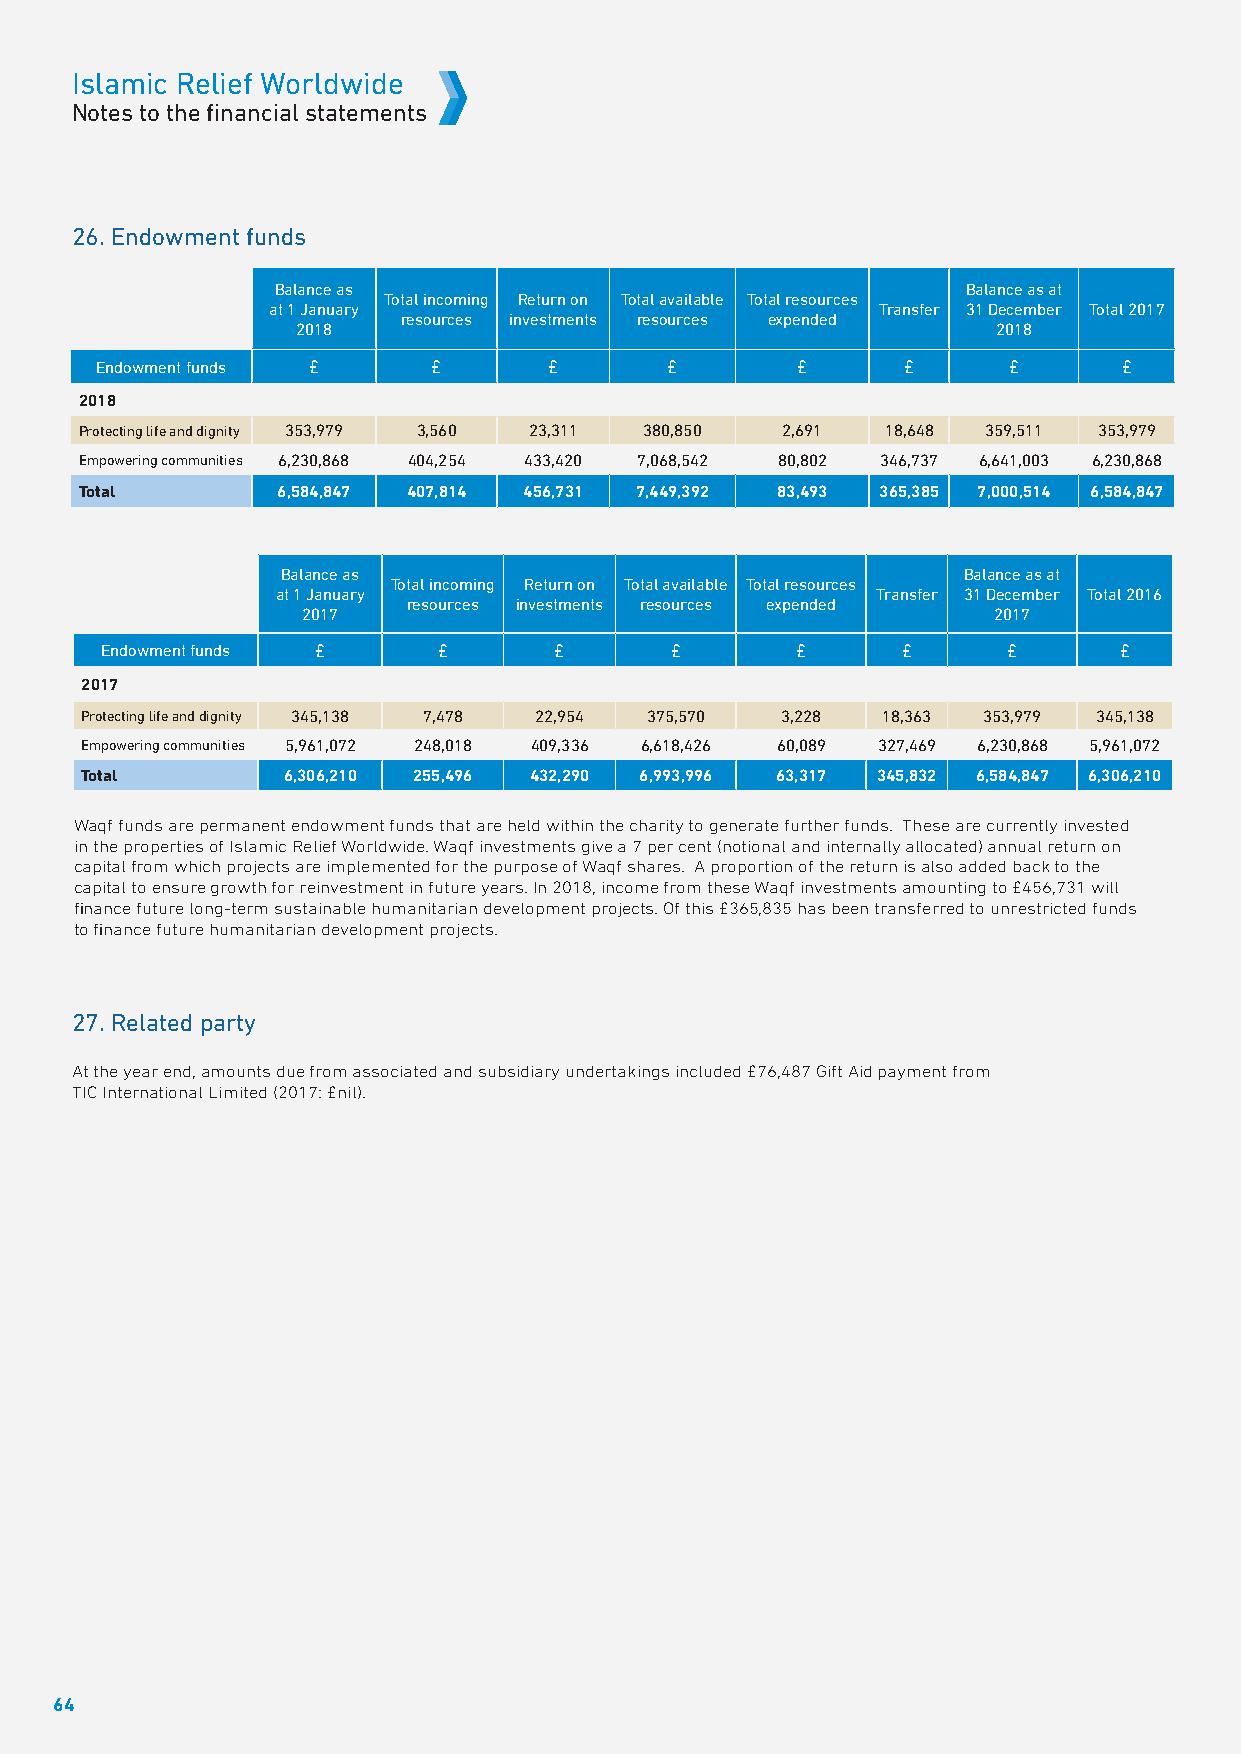
Islamic Relief Worldwide
 Notes to the financial statements
 26. Endowment funds
 Balance as                                    Balance as at
 Total incoming Return on Total available Total resources
 at 1 January                            Transfer 31 December Total 2017
 resources investments resources expended
 2018                                          2018
 Endowment funds £      £      £       £        £      £      £      £
 2018
 Protecting life and dignity 353,979 3,560 23,311 380,850 2,691 18,648 359,511 353,979
 Empowering communities 6,230,868 404,254 433,420 7,068,542 80,802 346,737 6,641,003 6,230,868
 Total        6,584,847 407,814 456,731 7,449,392 83,493 365,385 7,000,514 6,584,847
 Balance as                                   Balance as at
 Total incoming Return on Total available Total resources
 at 1 January                            Transfer 31 December Total 2016
 resources investments resources expended
 2017                                          2017
 Endowment funds £     £       £      £        £      £      £      £
 2017
 Protecting life and dignity 345,138 7,478 22,954 375,570 3,228 18,363 353,979 345,138
 Empowering communities 5,961,072 248,018 409,336 6,618,426 60,089 327,469 6,230,868 5,961,072
 Total         6,306,210 255,496 432,290 6,993,996 63,317 345,832 6,584,847 6,306,210
 Waqf funds are permanent endowment funds that are held within the charity to generate further funds. These are currently invested
 in the properties of Islamic Relief Worldwide. Waqf investments give a 7 per cent (notional and internally allocated) annual return on
 capital from which projects are implemented for the purpose of Waqf shares. A proportion of the return is also added back to the
 capital to ensure growth for reinvestment in future years. In 2018, income from these Waqf investments amounting to £456,731 will
 finance future long-term sustainable humanitarian development projects. Of this £365,835 has been transferred to unrestricted funds
 to finance future humanitarian development projects.
 27. Related party
 At the year end, amounts due from associated and subsidiary undertakings included £76,487 Gift Aid payment from
 TIC International Limited (2017: £nil).
 64